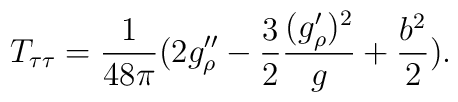
T_{\tau\tau}={1 \over 48\pi}(2g''_\rho-{3 \over 2}{(g'_\rho)^2 \over  g}+{b^2 \over 2}) .